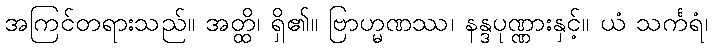
အကြင်တရားသည်။ အတ္ထိ၊ ရှိ၏။ ဗြာဟ္မဏဿ၊ နန္ဒပုဏ္ဏားနှင့်။ ယံ သင်္ကရံ၊